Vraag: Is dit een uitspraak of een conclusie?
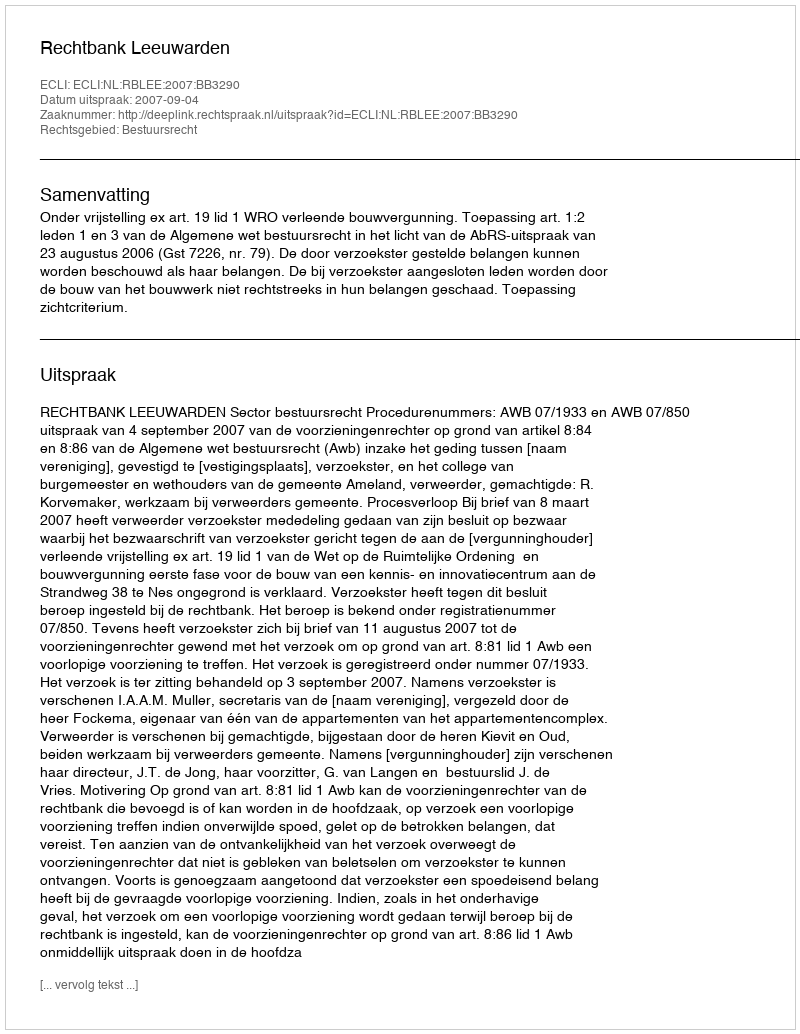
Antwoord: Uitspraak